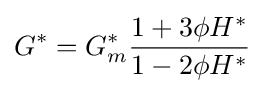
G^{*}=G_{m}^{*}{\frac {1+3\phi H^{*}}{1-2\phi H^{*}}}